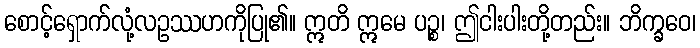
စောင့်ရှောက်လုံ့လဥဿဟကိုပြု၏။ ဣတိ ဣမေ ပဉ္စ၊ ဤငါးပါးတို့တည်း။ ဘိက္ခဝေ၊